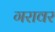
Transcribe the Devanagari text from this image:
गरावर